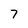
Character: 7